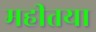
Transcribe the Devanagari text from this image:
महीतया